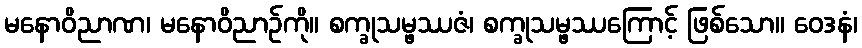
မနောဝိညာဏ၊ မနောဝိညာဉ်ကို။ စက္ခုသမ္ဖဿဇံ၊ စက္ခုသမ္ဖဿကြောင့် ဖြစ်သော။ ဝေဒနံ၊